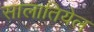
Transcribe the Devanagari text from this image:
सालातियेल